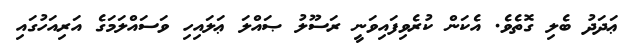
ޢަދަދު ބެލި ގޮތެވެ. އެކަން ކުރެވިފައިވަނީ ރަސޫލު ޞައްލަ ޢަލައިހި ވަސައްލަމަގެ އަރިއަހުގައި